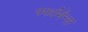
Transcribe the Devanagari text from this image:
पर्फामेंन्स